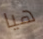
هيا